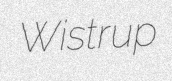
Wistrup